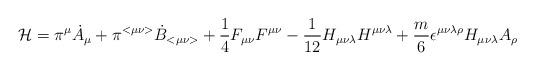
LaTeX: \begin{align*}{\cal H} = \pi^{\mu}{\dot{A}}_{\mu} + \pi^{<\mu \nu>}{\dot{B}}_{< \mu \nu > } + \frac{1}{4}F_{\mu \nu}F^{\mu \nu} - \frac{1}{12}H_{\mu \nu \lambda}H^{\mu \nu \lambda} + \frac{m}{6}\epsilon^{\mu \nu \lambda \rho}H_{\mu \nu \lambda}A_{\rho}\end{align*}